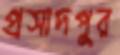
প্রসাদপুর